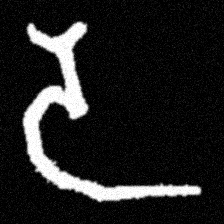
Pyu character \u2014 Myanmar letter: ဒ (romanized: da)